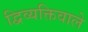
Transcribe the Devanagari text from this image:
द्विव्यक्तिवाले